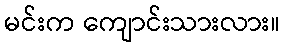
မင်းက ကျောင်းသားလား။